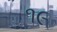
૧૯